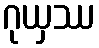
ဂုယှဿ